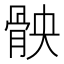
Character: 𮪧